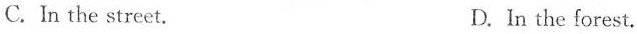
C. In the street. D. In the forest.